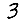
Digit: 3